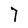
Character: 7